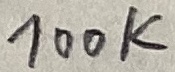
Text: 100K